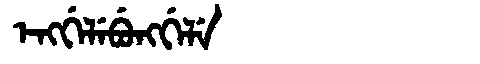
Manchu: ᡝᠩᡤᡝᠯᡝᠪᡠᠩᡤᡝᠯᡝ
Romanization: ENGGELEBUNGGELE